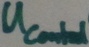
Text: UControl